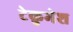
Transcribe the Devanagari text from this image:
टेकुमेश